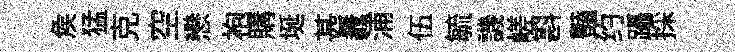
矦猛克空戀袍購埏甚纛浦伍毓譏嵯斟豔约躡採